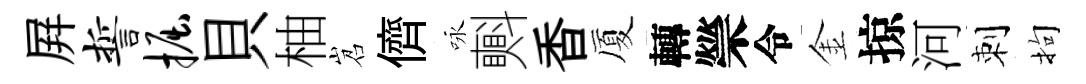
屛誓掘貝柚岧儕咏㪺香厦轉禜令金掠河刺拘